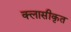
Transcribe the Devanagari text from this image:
क्लासीकृत